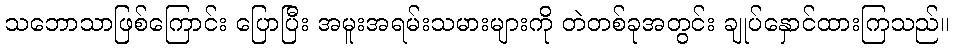
သဘောသာဖြစ်ကြောင်း ပြောပြီး အမူးအရမ်းသမားများကို တဲတစ်ခုအတွင်း ချုပ်နှောင်ထားကြသည်။